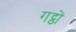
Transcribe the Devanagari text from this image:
गट्ठों